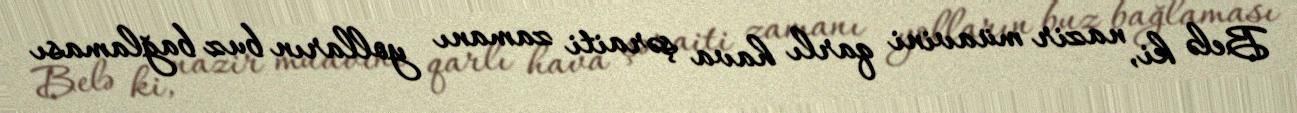
Belə ki, nazir müavini qarlı hava şəraiti zamanı yolların buz bağlaması